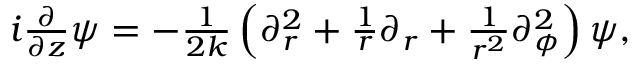
\begin{array} { r } { i \frac { \partial } { \partial z } \psi = - \frac { 1 } { 2 k } \left( \partial _ { r } ^ { 2 } + \frac { 1 } { r } \partial _ { r } + \frac { 1 } { r ^ { 2 } } \partial _ { \phi } ^ { 2 } \right) \psi , } \end{array}